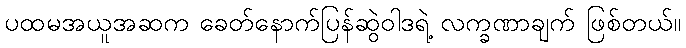
ပထမအယူအဆက ခေတ်နောက်ပြန်ဆွဲဝါဒရဲ့ လက္ခဏာချက် ဖြစ်တယ်။